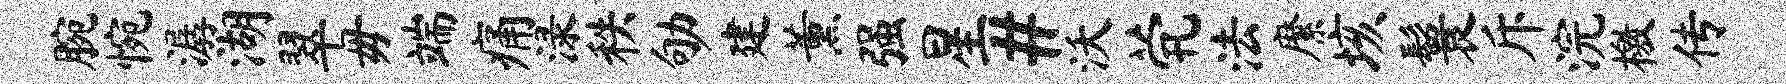
腕惋潺湖翠毋端痛渌秩劬建薰强星#沃茕法縻垓鬟斥浣檄传